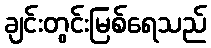
ချင်းတွင်းမြစ်ရေသည်